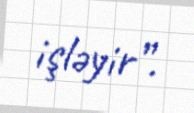
işləyir”.